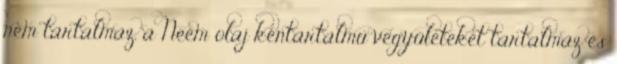
nem tartalmaz, a Neem olaj kéntartalmú vegyületeket tartalmaz és